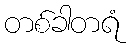
တစ်ခါတရံ